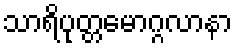
သာရိပုတ္တမောဂ္ဂလာနာ